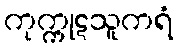
ကုက္ကုဋသူကရံ